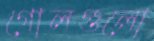
গোলগুলো